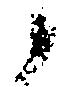
候